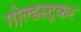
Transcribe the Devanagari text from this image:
गोल्डस्टूकर